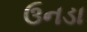
ઉનડા